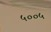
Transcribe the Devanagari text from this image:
५००५